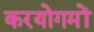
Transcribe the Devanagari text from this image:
करयोगमों